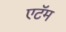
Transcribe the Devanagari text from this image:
एटॅम